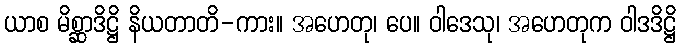
ယာစ မိစ္ဆာဒိဋ္ဌိ နိယတာတိ-ကား။ အဟေတု၊ ပေ။ ဝါဒေသု၊ အဟေတုက ဝါဒဒိဋ္ဌိ